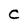
Character: C